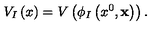
V _ { I } \left( x \right) = V \left( \phi _ { I } \left( x ^ { 0 } , { \bf x } \right) \right) .